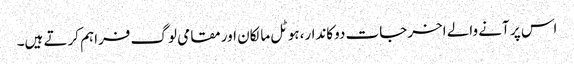
اس پر آنے والے اخرجات دوکاندار،ہوٹل مالکان اور مقامی لوگ فراہم کرتے ہیں۔